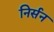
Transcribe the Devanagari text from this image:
निर्सन